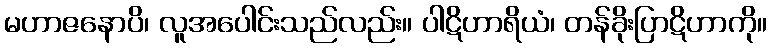
မဟာဇနောပိ၊ လူအပေါင်းသည်လည်း။ ပါဋိဟာရိယံ၊ တန်ခိုးပြာဋိဟာကို။